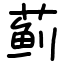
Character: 蓟